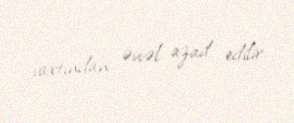
vaxtından əvvəl azad edilir.